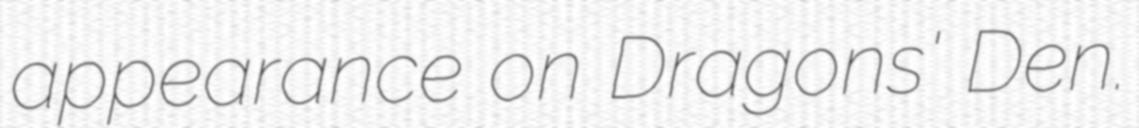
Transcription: appearance on Dragons' Den.